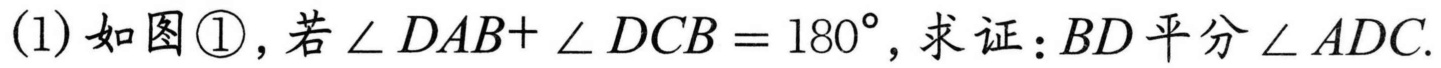
(1)如图\textcircled{1}，若\(\angle DAB+\angle DCB = 180^{\circ}\)，求证：\(BD\)平分\(\angle ADC\).